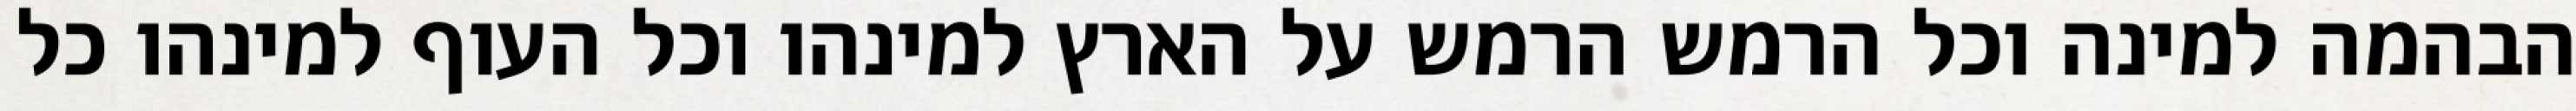
הבהמה למינה וכל הרמש הרמש על הארץ למינהו וכל העוף למינהו כל